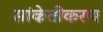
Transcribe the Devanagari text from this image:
सांकेतीकरण